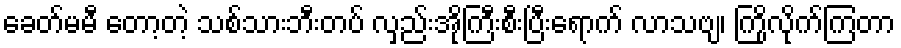
ခေတ်မမီ တော့တဲ့ သစ်သားဘီးတပ် လှည်းအိုကြီးစီးပြီးရောက် လာသဗျ၊ ကြိုလိုက်ကြတာ